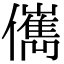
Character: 㒞